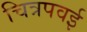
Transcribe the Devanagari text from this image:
चित्रपवई